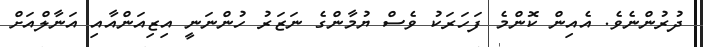
ދުރުންނެވެ. އެއިން ކޮންމެ ފަހަރަކު ވެސް ޔުމާންގެ ނަޒަރު ހުންނަނީ އިޒިއަންއާއި އަނާލްއަށް